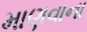
માણવાના